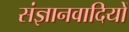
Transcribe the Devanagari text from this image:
संज्ञानवादियों